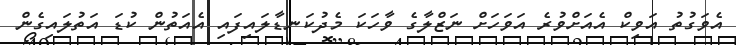
އެވަގުތު އަވިކް އެއަށްވުރެ އަވަހަށް ނަޒްލާގެ ވާހަކަ މެދުކަނޑާލައިފައި އެއަތުން ކުޑަ އަތުލައިގެން